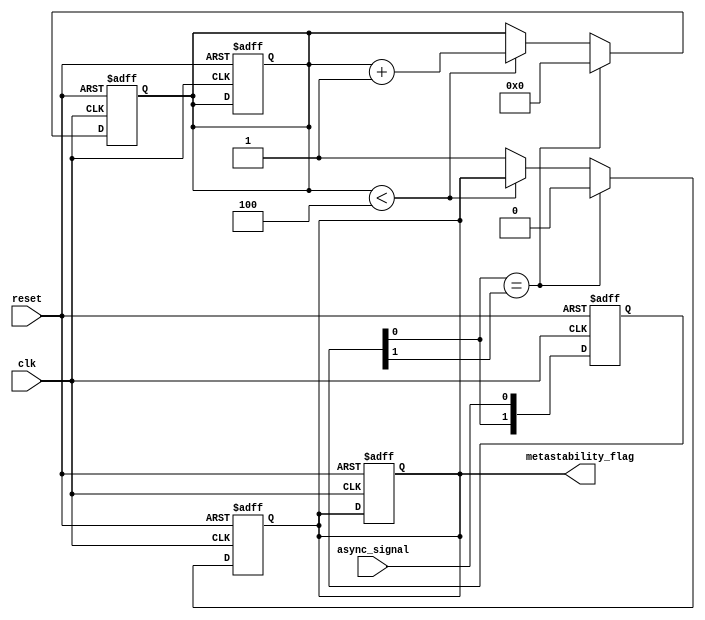
module metastability_detector (
    input wire clk,               // Clock signal
    input wire async_signal,      // Asynchronous input signal
    input wire reset,             // Reset signal
    output reg metastability_flag  // Output flag indicating metastability
);

    // Parameters
    parameter METASTABILITY_THRESHOLD = 4; // Number of clock cycles to check for metastability

    // Internal signals
    reg [1:0] ff1;                 // First D flip-flop output
    reg [1:0] ff2;                 // Second D flip-flop output
    reg [3:0] metastability_counter; // Counter for metastability detection

    // D Flip-Flops for sampling the asynchronous signal
    always @(posedge clk or posedge reset) begin
        if (reset) begin
            ff1 <= 2'b00;
            ff2 <= 2'b00;
            metastability_counter <= 0;
            metastability_flag <= 0;
        end else begin
            ff1 <= {ff1[0], async_signal}; // Shift in the async signal
            ff2 <= ff1;                    // Sample the output of the first flip-flop
        end
    end

    // Metastability detection logic
    always @(posedge clk or posedge reset) begin
        if (reset) begin
            metastability_counter <= 0;
            metastability_flag <= 0;
        end else begin
            // Check if ff1 is stable
            if (ff1[0] == ff1[1]) begin
                metastability_counter <= 0; // Reset counter if stable
                metastability_flag <= 0;     // Clear metastability flag
            end else begin
                if (metastability_counter < METASTABILITY_THRESHOLD) begin
                    metastability_counter <= metastability_counter + 1;
                end else begin
                    metastability_flag <= 1; // Assert flag if metastability detected
                end
            end
        end
    end

endmodule